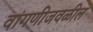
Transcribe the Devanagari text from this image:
वांगणीजवळील